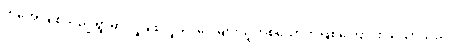
ကိုအေးချစ်သည် ရွာမှာ လူချစ်လူခင် ပေါများသူတစ်ယောက်ဖြစ်ကြောင်း သိသာသည်။